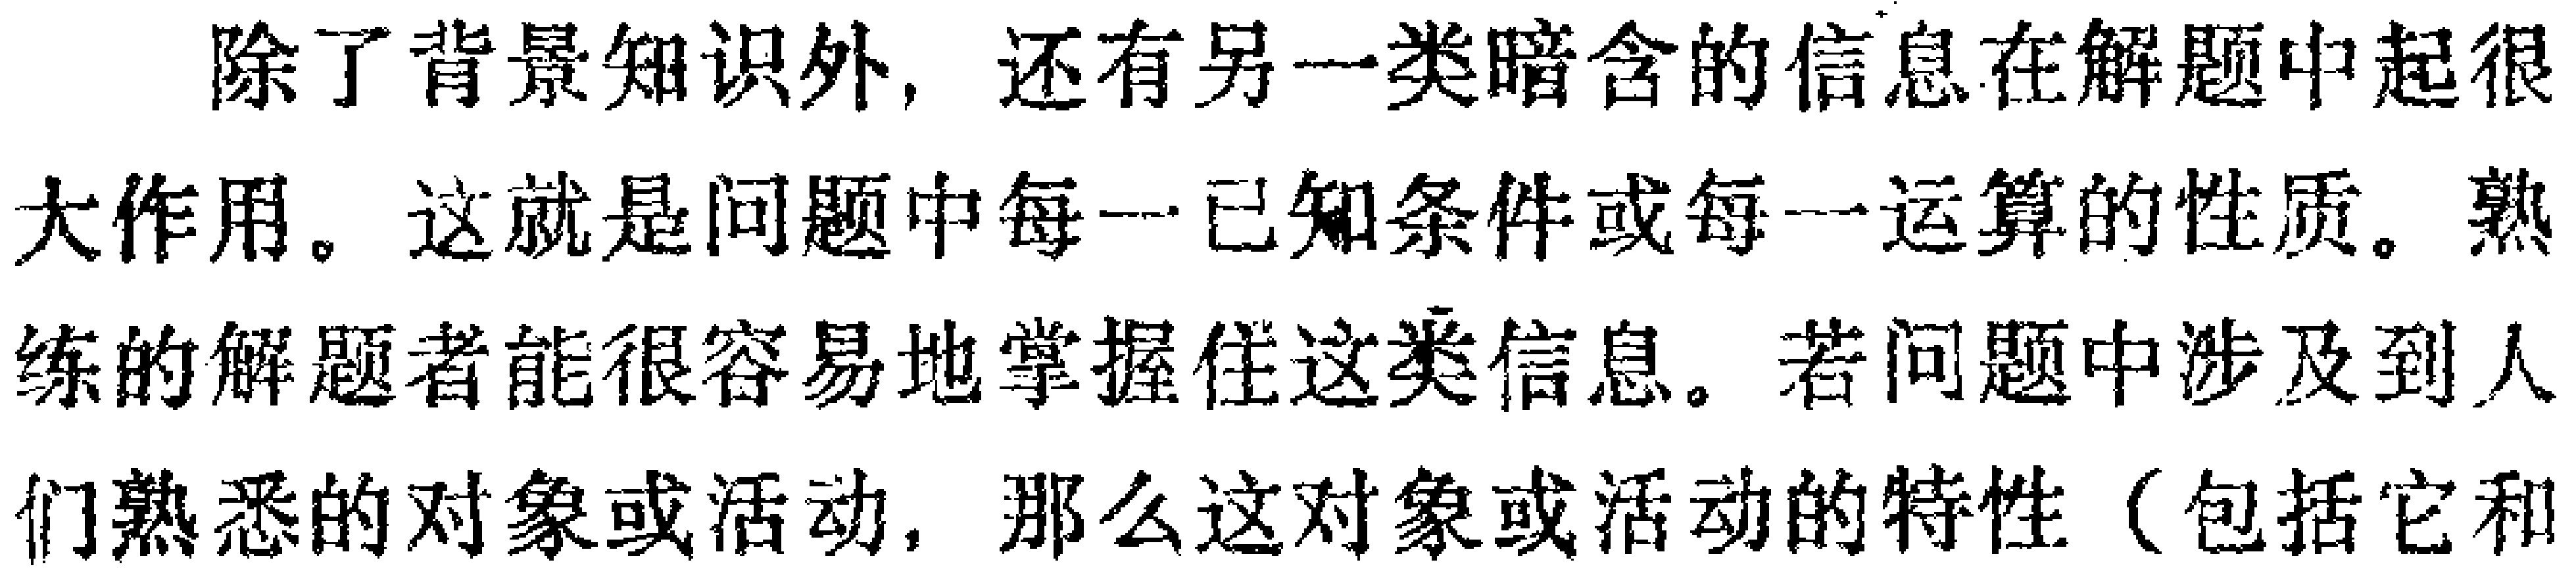
除了背景知识外，还有另一类暗含的信息在解题中起很大作用。这就是问题中每一已知条件或每一运算的性质。熟练的解题者能很容易地掌握住这类信息。若问题中涉及到人们熟悉的对象或活动，那么这对象或活动的特性（包括它和